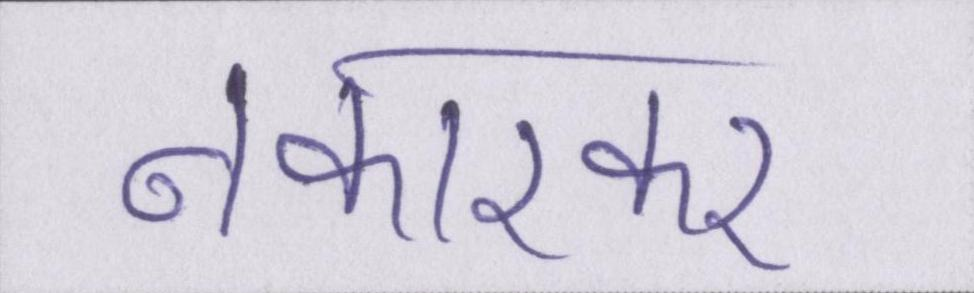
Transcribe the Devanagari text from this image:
नकारकर